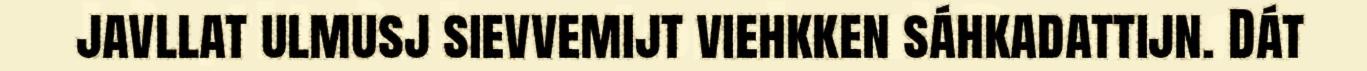
javllat ulmusj sievvemijt viehkken sáhkadattijn. Dát